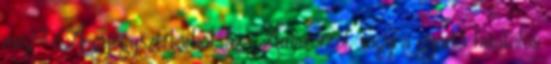
meg? A gyógyszertárból, az Amazonról, vagy a gyártó hivatalos